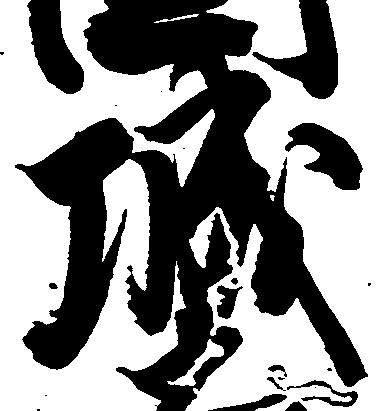
城